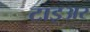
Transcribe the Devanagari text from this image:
टाइअर